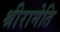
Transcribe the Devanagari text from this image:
श्रीरामेति